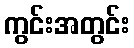
ကွင်းအတွင်း